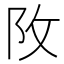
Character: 𨸩